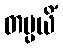
တပ္ပယိံ